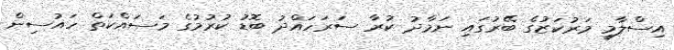
އިސްލާމީ މަރުކަޒުގެ ބޭރުގައި ނަމާދު ކުރާ ސަރަހައްދު ބޮޑު ކުރުމުގެ މަސައްކަތް ހައުސިން